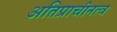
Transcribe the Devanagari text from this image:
अतिप्राचीनत्व